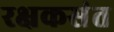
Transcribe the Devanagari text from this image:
रक्षकसंत